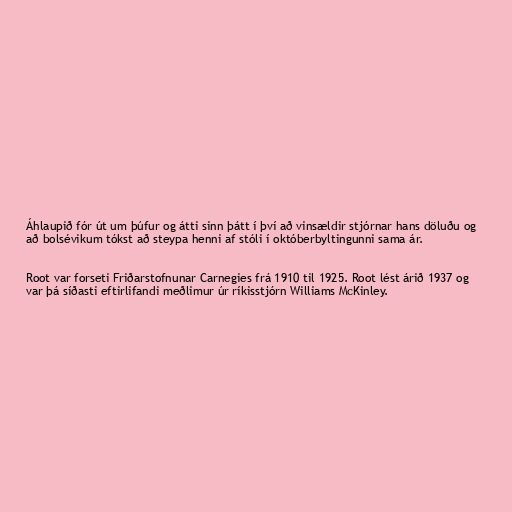
Áhlaupið fór út um þúfur og átti sinn þátt í því að vinsældir stjórnar hans döluðu og
að bolsévikum tókst að steypa henni af stóli í októberbyltingunni sama ár.

Root var forseti Friðarstofnunar Carnegies frá 1910 til 1925. Root lést árið 1937 og
var þá síðasti eftirlifandi meðlimur úr ríkisstjórn Williams McKinley.